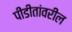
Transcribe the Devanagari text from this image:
पीडीतांवरील